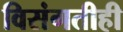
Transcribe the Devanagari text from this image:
विसंगतीही